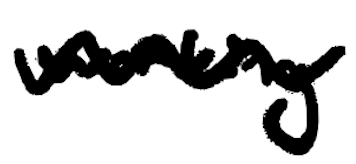
Text: working
Cross-out: wave
Writing tool: digital_black